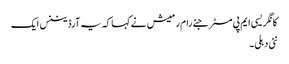
کانگریسی ایم پی مسٹر جئے رام رمیش نے کہا کہ یہ آرڈیننس ایک
نئی دہلی ۔